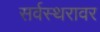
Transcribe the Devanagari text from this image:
सर्वस्थरावर